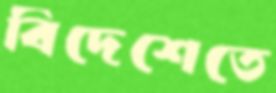
বিদেশেতে